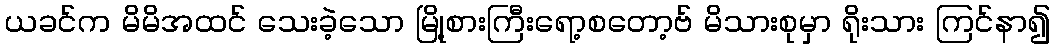
ယခင်က မိမိအထင် သေးခဲ့သော မြို့စားကြီးရော့စတော့ဗ် မိသားစုမှာ ရိုးသား ကြင်နာ၍